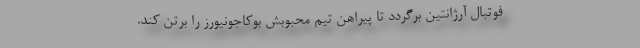
فوتبال آرژانتین برگردد تا پیراهن تیم محبوبش بوکاجونیورز را برتن کند.